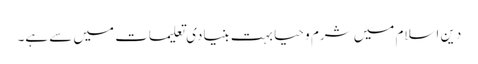
دین اسلام میں شرم و حیا بہت بنیادی تعلیمات میں سے ہے۔